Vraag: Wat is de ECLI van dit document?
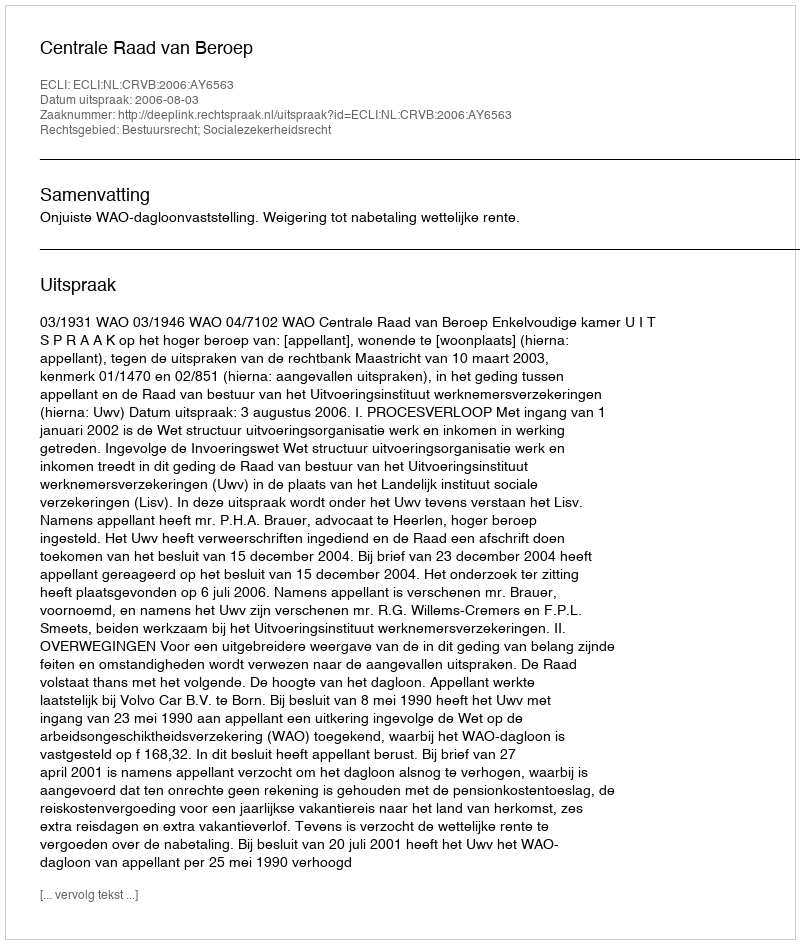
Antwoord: ECLI:NL:CRVB:2006:AY6563